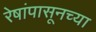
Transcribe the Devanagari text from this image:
रेषांपासूनच्या